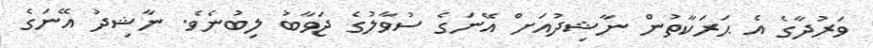
ވަރުދާގެ އެ ޙަރަކާތުން ނާޝިދުއަށް އޭނަގެ ސުވާލުގެ ޖަވާބު ލިބުނެވެ. ނާޝިދު އޭނަގެ